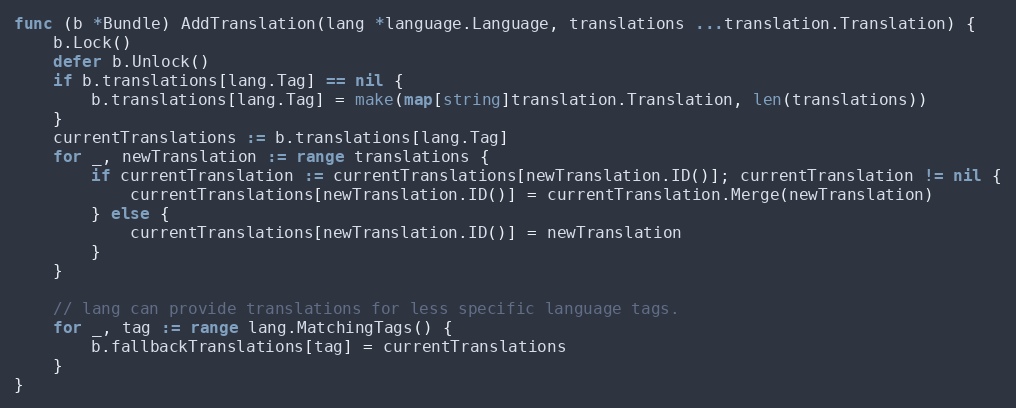
Language: Go
func (b *Bundle) AddTranslation(lang *language.Language, translations ...translation.Translation) {
	b.Lock()
	defer b.Unlock()
	if b.translations[lang.Tag] == nil {
		b.translations[lang.Tag] = make(map[string]translation.Translation, len(translations))
	}
	currentTranslations := b.translations[lang.Tag]
	for _, newTranslation := range translations {
		if currentTranslation := currentTranslations[newTranslation.ID()]; currentTranslation != nil {
			currentTranslations[newTranslation.ID()] = currentTranslation.Merge(newTranslation)
		} else {
			currentTranslations[newTranslation.ID()] = newTranslation
		}
	}

	// lang can provide translations for less specific language tags.
	for _, tag := range lang.MatchingTags() {
		b.fallbackTranslations[tag] = currentTranslations
	}
}